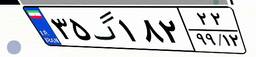
۳۵گ۱۸۲۲۲